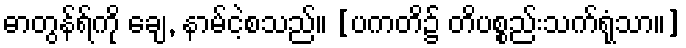
ဓာတွန်ရ်ကို ချေ, နာမ်ငဲ့စသည်။ [ပကတိ၌ တိပစ္စည်းသက်ရုံသာ။]